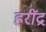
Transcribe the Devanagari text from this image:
हरींद्र